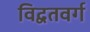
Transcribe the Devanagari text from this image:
विद्वतवर्ग